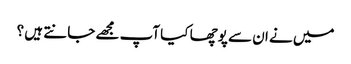
میں نے ان سے پوچھا کیا آپ مجھے جانتے ہیں ؟